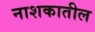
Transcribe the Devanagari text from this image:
नाशकातील